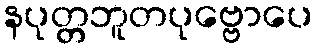
နပုတ္တဘူတပုဗ္ဗောပေ